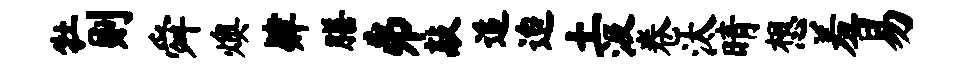
牡则舜燠肄膳井敲追迨土汲卷汰晴想羞易